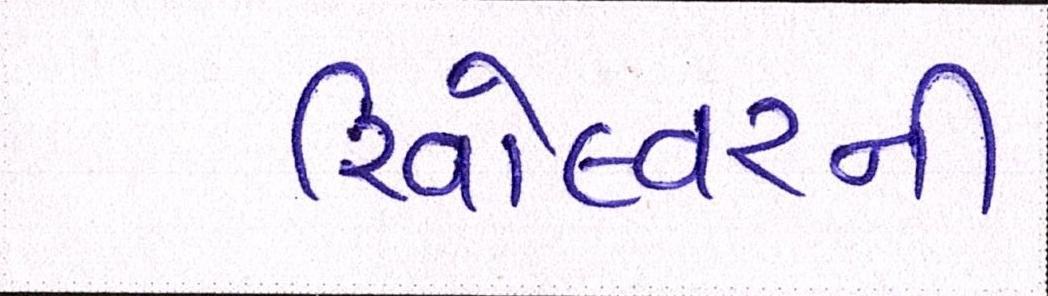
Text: રિવોલ્વરની